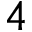
4